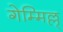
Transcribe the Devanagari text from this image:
गेम्मिल्ल्